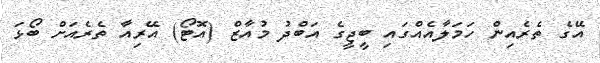
އޭގެ ތެރެއިން ހަމަލާއެއްގައި ބީޖީގެ އަބްދު މުއާޒް (އޮޓޯ) އޭރިއާ ތެރެއަށް ބޯޅަ